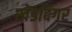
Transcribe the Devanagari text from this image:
खेडदिगर